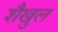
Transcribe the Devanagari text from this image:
शैखुल